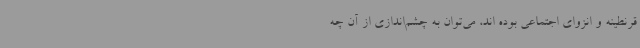
قرنطینه و انزوای اجتماعی بوده اند، می‌توان به چشم‌اندازی از آن چه